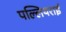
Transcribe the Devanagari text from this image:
पल्लियराई